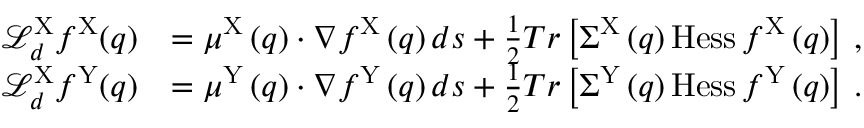
\begin{array} { r l } { \mathcal { L } _ { d } ^ { \mathrm { X } } f ^ { \mathrm { X } } ( q ) } & { = \mu ^ { \mathrm { X } } \left( q \right) \cdot \nabla f ^ { \mathrm { X } } \left( q \right) d s + \frac { 1 } { 2 } T r \left[ \Sigma ^ { \mathrm { X } } \left( q \right) \mathrm { H e s s } \, f ^ { \mathrm { X } } \left( q \right) \right] \, , } \\ { \mathcal { L } _ { d } ^ { \mathrm { X } } f ^ { \mathrm { Y } } ( q ) } & { = \mu ^ { \mathrm { Y } } \left( q \right) \cdot \nabla f ^ { \mathrm { Y } } \left( q \right) d s + \frac { 1 } { 2 } T r \left[ \Sigma ^ { \mathrm { Y } } \left( q \right) \mathrm { H e s s } \, f ^ { \mathrm { Y } } \left( q \right) \right] \, . } \end{array}